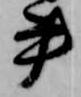
書